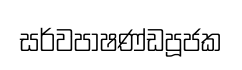
සර්වපාෂණ්ඩපූජක